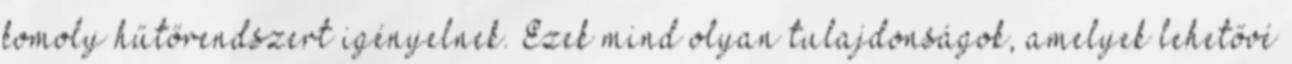
komoly hűtőrendszert igényelnek. Ezek mind olyan tulajdonságok, amelyek lehetővé